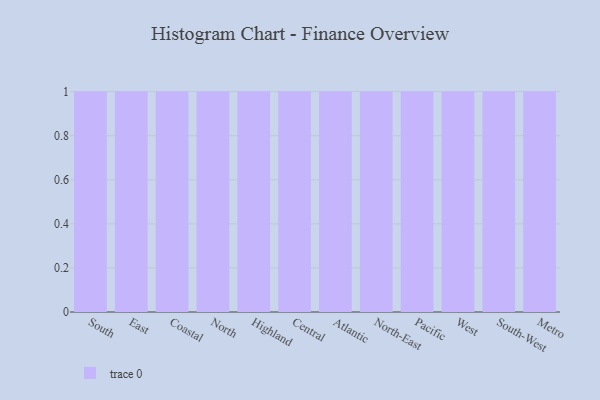
{"axis": {"x": "Region", "y": "Waste Production (Tons)"}, "legend": [""], "data": [{"x": "South", "y": 68, "type": ""}, {"x": "East", "y": 69, "type": ""}, {"x": "Coastal", "y": 1, "type": ""}, {"x": "North", "y": 90, "type": ""}, {"x": "Highland", "y": 42, "type": ""}, {"x": "Central", "y": 39, "type": ""}, {"x": "Atlantic", "y": 90, "type": ""}, {"x": "North-East", "y": 17, "type": ""}, {"x": "Pacific", "y": 46, "type": ""}, {"x": "West", "y": 31, "type": ""}, {"x": "South-West", "y": 28, "type": ""}, {"x": "Metro", "y": 27, "type": ""}]}